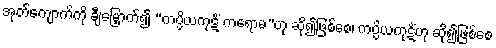
အုတ်ကျောက်ကို ချီမြှောက်၍ “ကပ္ပိယကုဋိံ ကရောမ”ဟု ဆို၍ဖြစ်စေ၊ ကပ္ပိယကုဋိံဟု ဆို၍ဖြစ်စေ